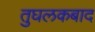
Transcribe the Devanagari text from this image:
तुघलकबाद